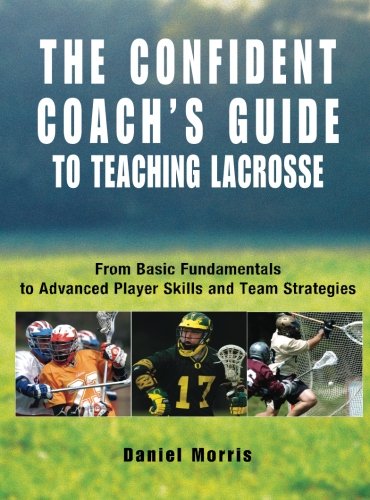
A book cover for Confident Coach's Guide to Teaching Lacrosse: From Basic Fundamentals To Advanced Player Skills And Team Strategies; Daniel Morris; Sports & Outdoors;